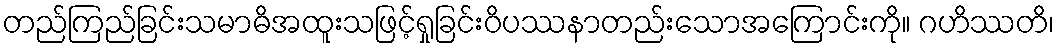
တည်ကြည်ခြင်းသမာဓိအထူးသဖြင့်ရှုခြင်းဝိပဿနာတည်းသောအကြောင်းကို။ ဂဟိဿတိ၊